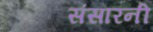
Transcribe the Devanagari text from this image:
संसारनी